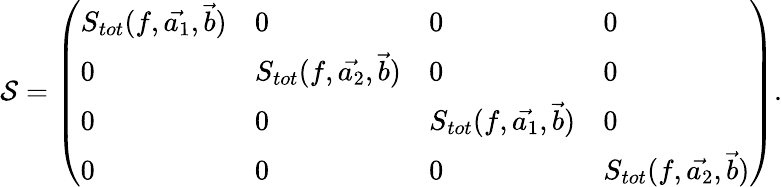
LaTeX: \mathcal{S}=\left(\begin{array}{llll}{S_{tot}(f,\vec{a_{1}},\vec{b})}&{0}&{0}&{0}\\ {0}&{S_{tot}(f,\vec{a_{2}},\vec{b})}&{0}&{0}\\ {0}&{0}&{S_{tot}(f,\vec{a_{1}},\vec{b})}&{0}\\ {0}&{0}&{0}&{S_{tot}(f,\vec{a_{2}},\vec{b})}\end{array}\right).